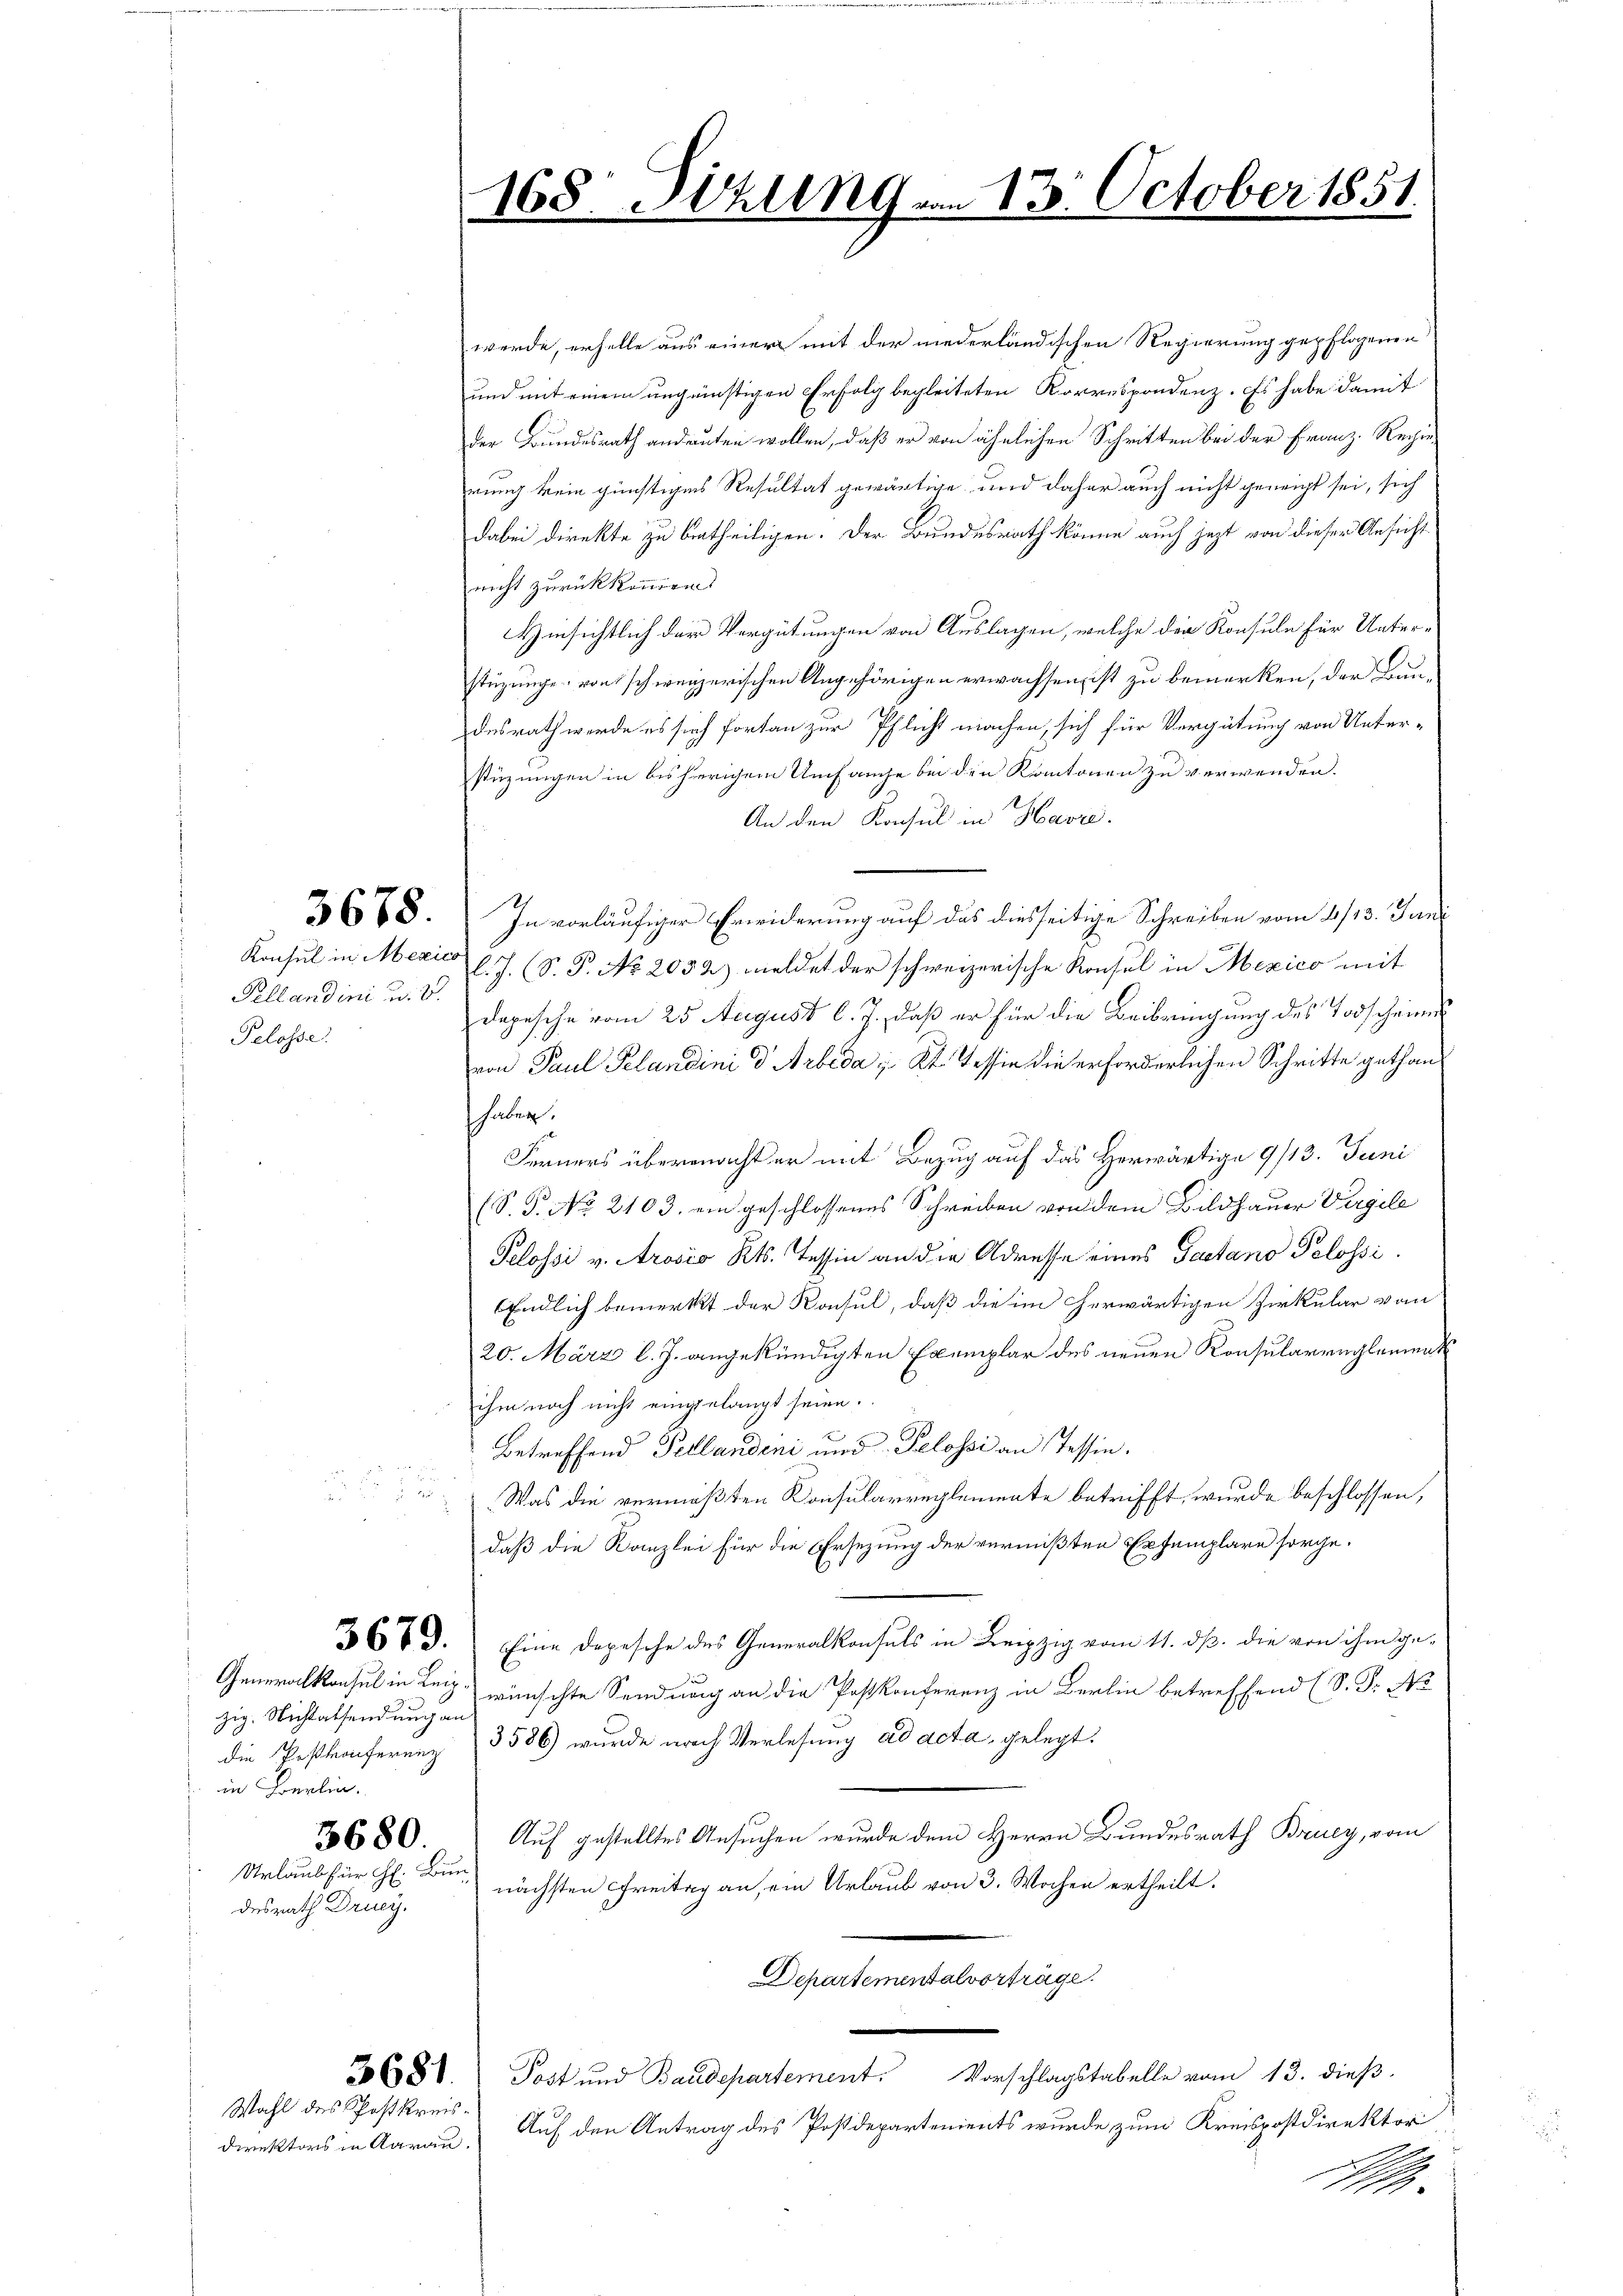
Pellandini u. V.
Pelosse

zig. Nichtabsendung an
in Berlin.
Urlaub für H. Bun
desrath Drucy.

Wahl des Postkreis¬

Direktors in Aarau.

werde, erhelle aus einer mit der niederländischen Regierung gepflogenen
und mit einem ungünstigen Erfolg begleiteten Korrespondenz. Es habe damit
der Bundesrath andreuten wollen, daß er von ähnlichen Schritten bei der Franz-Rechne
rung kein günstiges Resultat gewärtige und daher auch nicht geneigt sei, sich
dabei direkte zu betheiligen. Der Bundesrath könne auch jezt von dieser Ansicht
nicht zurückkommen.
Hinsichtlich der Vergütungen von Auslagen, welche der Konsule für Unterstüzunge von schweizerischen Angehörigen erwachsen, ist zu bemerken, der Baudesrath werde es sich fortan zur Pflicht machen, sich für Vergütung von Unter-
stüzungen in bisherigem Umfange bei den Kantonen zu verwenden.
An den Konsul in Havić.
3688. In vorläufiger Erwiderung auf das diesseitige Schreiben vom 4/13. Jan
Konsul in Mexico Joh. (S. P. No. 2052) meldet der schweizerische Konsul in Mexico mit
Depesche vom 25. August l. J., daß er für die Beibringung des Todscheines
von Paul Pelandini d. Arbeda z. Kt. Tessin die erforderlichen Schritte gethan,
haben.
Ferners übermacht er mit Bezug auf das Herwärtige 9/13. Juni
(S.P. No. 2103. ein geschlossenes Schreiben von dem Bildhauer Vergele
Pelossi v. Arosco Rt. Tessin an die Adresse eines Gaetano Polossi¬
Endlich bemerkt der Konsul, daß die im herwärtigen Zirkular vom
20. März l. J. angekündigten Exemplar des neuen Konsularreglement
ihm noch nicht eingelangt seien.
Betreffend Tellandeni und Pelossi an Tessin.
.
s
Was die vermößten Konsularreglemente betrifft, wurde beschlossen,
daß die Kanzlei für die Ersezung der vermißten Exemplare sorge.
36 t d. Eine Depesche des Generalkonsuls in Leipzig vom 11. dß. die von ihm ge-
Generalkonsul in Leig, wünschte Sendung an die Paskonferenz in Berlin betreffend (S. Dr. No
die Postkonferenz 3586) wurde nach Verlesung ad acta gelegt.
3680. Auf gestelltes Ansuchen wurde dem Herrn Bundesrath Bruey, vom
nächsten Freitag an, ein Urlaub von 3. Wochen ertheilt.
Departemental vorträge.
3658. Post und Baudepartement. Vorschlagstabelle vom 13. dieβ.
Auf den Antrag des Postdepartements wurde zum Kreispostdirektor
.

168. Miling vom 13. October 1851.